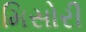
મિસોરી